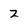
Character: 2